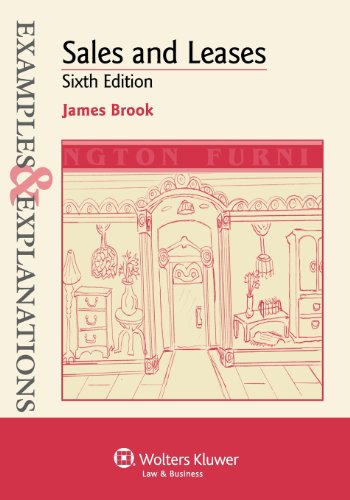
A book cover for Examples & Explanations: Sales & Leases, 6th Edition; James A. Brook; Law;